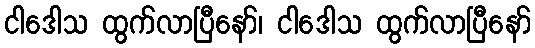
ငါဒေါသ ထွက်လာပြီနော်၊ ငါဒေါသ ထွက်လာပြီနော်